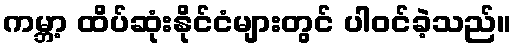
ကမ္ဘာ့ ထိပ်ဆုံးနိုင်ငံများတွင် ပါဝင်ခဲ့သည်။